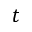
t